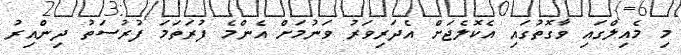
މި މެއިލްގައި ވާގޮތުގައި އެކޮލެޖަށް އެދަރިވަރު ވަނުމަށް އެންމެ ފުރަތަމަ ފުރުސަތު ދިންއިރު